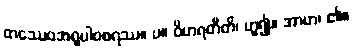
တဿေဝအရူပါဝစရဿ။ ပ။ ဝိဟရတီတိ၊ ဟူ၍။ အာဟ၊ ၏။